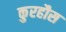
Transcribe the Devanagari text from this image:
कुरहौस